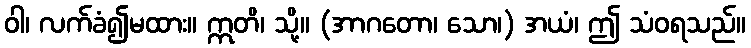
ဝါ၊ လက်ခံ၍မထား။ ဣတိ၊ သို့။ (အာဂတော၊ သော၊) အယံ၊ ဤ သံဝရသည်။